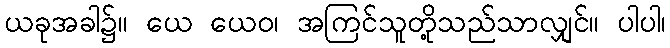
ယခုအခါ၌။ ယေ ယေဝ၊ အကြင်သူတို့သည်သာလျှင်။ ပါပါ၊